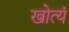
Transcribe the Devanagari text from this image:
खोत्यं